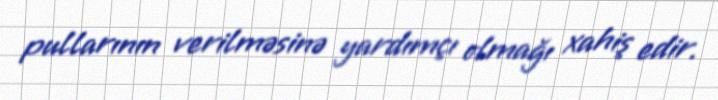
pullarının verilməsinə yardımçı olmağı xahiş edir.